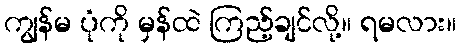
ကျွန်မ ပုံကို မှန်ထဲ ကြည့်ချင်လို့။ ရမလား။